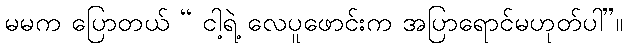
မမက ပြောတယ် “ ငါ့ရဲ့ လေပူဖောင်းက အပြာရောင်မဟုတ်ပါ”။